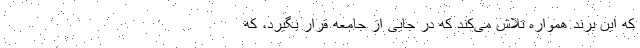
که این برند همواره تلاش می‌کند که در جایی از جامعه قرار بگیرد، که